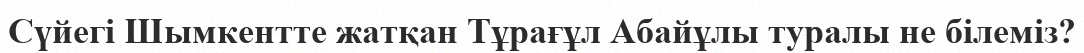
Сүйегі Шымкентте жатқан Тұрағұл Абайұлы туралы не білеміз?